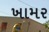
ખામર